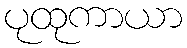
ပုထုကာယာ